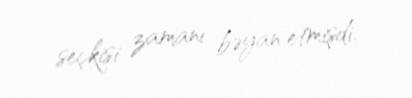
seçkisi zamanı bəyan etmişdi.